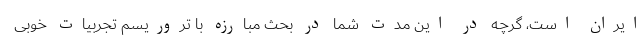
ایران است، گرچه در این مدت شما در بحث مبارزه با تروریسم تجربیات خوبی